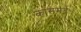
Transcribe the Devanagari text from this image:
कासमर्द।